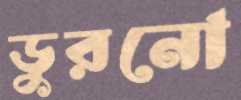
ডুরনো